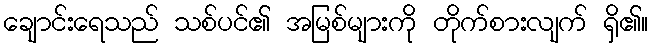
ချောင်းရေသည် သစ်ပင်၏ အမြစ်များကို တိုက်စားလျက် ရှိ၏။